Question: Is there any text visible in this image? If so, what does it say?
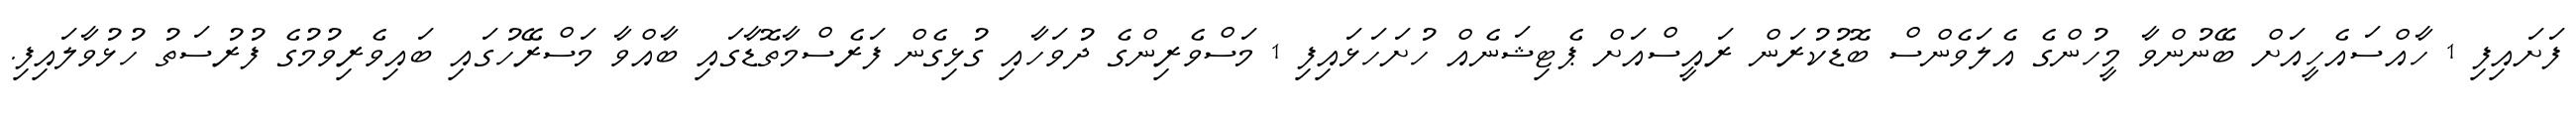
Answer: ފަށައިފި 1 ހާއްސައެހީއަށް ބޭނުންވާ މީހުންގެ އެލަވެންސް ބޮޑުކުރަން ރައީސްއަށް ޕެޓިޝަނެއް ހުށަހަޅައިފި 1 މަސްވެރިންގެ ދުވަހާއި ގުޅިގެން ފަރެސްމާތޮޑާގައި ބާއްވާ މަސްރޭހުގައި ބައިވެރިވުމުގެ ފުރުސަތު ހުޅުވާލައިފި.